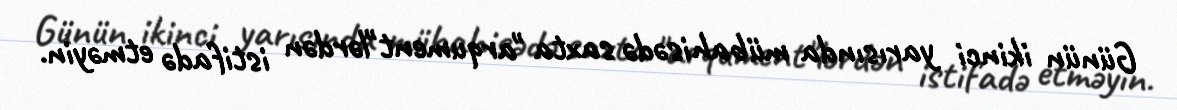
Günün ikinci yarısında mübahisədə saxta "arqument"lərdən istifadə etməyin.